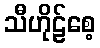
သီဟိုဠ်စေ့